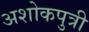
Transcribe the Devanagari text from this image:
अशोकपुत्री